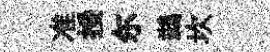
准挼尓鷀坎